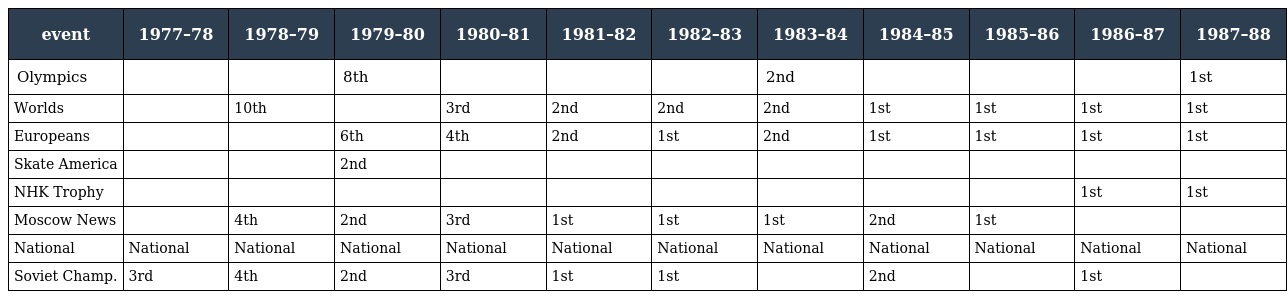
| event | 1977–78 | 1978–79 | 1979–80 | 1980–81 | 1981–82 | 1982–83 | 1983–84 | 1984–85 | 1985–86 | 1986–87 | 1987–88 |
 | --- | --- | --- | --- | --- | --- | --- | --- | --- | --- | --- | --- |
 | Olympics |  |  | 8th |  |  |  | 2nd |  |  |  | 1st |
 | Worlds |  | 10th |  | 3rd | 2nd | 2nd | 2nd | 1st | 1st | 1st | 1st |
 | Europeans |  |  | 6th | 4th | 2nd | 1st | 2nd | 1st | 1st | 1st | 1st |
 | Skate America |  |  | 2nd |  |  |  |  |  |  |  |  |
 | NHK Trophy |  |  |  |  |  |  |  |  |  | 1st | 1st |
 | Moscow News |  | 4th | 2nd | 3rd | 1st | 1st | 1st | 2nd | 1st |  |  |
 | National | National | National | National | National | National | National | National | National | National | National | National |
 | Soviet Champ. | 3rd | 4th | 2nd | 3rd | 1st | 1st |  | 2nd |  | 1st |  |